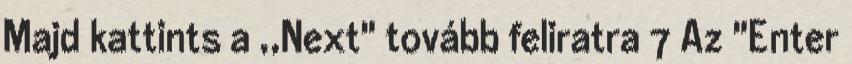
Majd kattints a ,,Next" tovább feliratra 7 Az "Enter